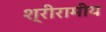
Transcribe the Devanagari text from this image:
श्रीरामीय